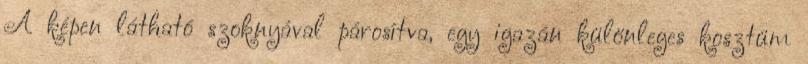
A képen látható szoknyával párosítva, egy igazán különleges kosztüm